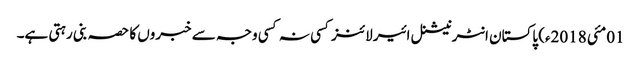
01مئی 2018ء) پاکستان انٹرنیشنل ائیر لائنز کسی نہ کسی وجہ سے خبروں کا حصہ بنی رہتی ہے۔